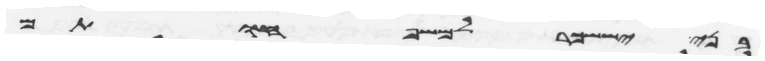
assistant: בני יששכר למשפחותם